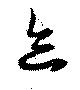
跡